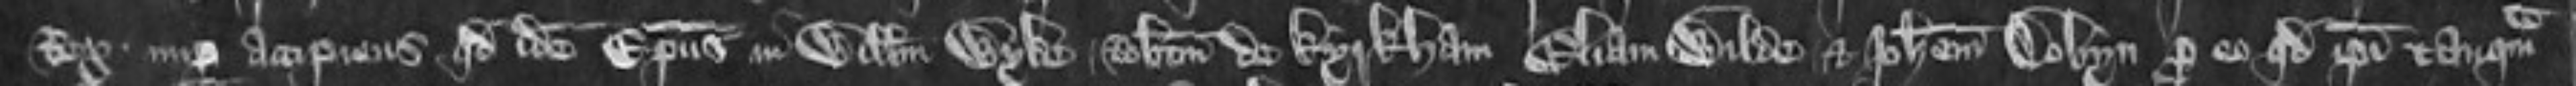
Rex nuper accipiens quod idem Episcopus in Willelmum Wyke Robertum de Kyrkham Eliam Wilde et Johannem Dobyn pro eo quod ipsi tanquam